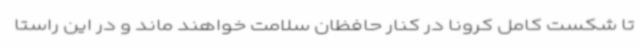
تا شکست کامل کرونا در کنار حافظان سلامت خواهند ماند و در این راستا